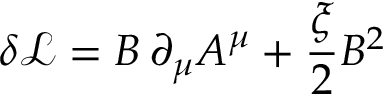
\delta { \mathcal { L } } = B \, \partial _ { \mu } A ^ { \mu } + { \frac { \xi } { 2 } } B ^ { 2 }